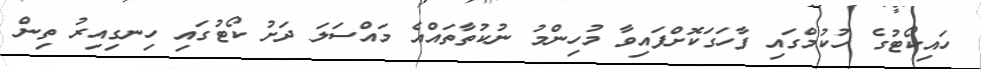
ހައިކޯޓުގެ ހުކުމްގައި ފާހަގަކޮށްފައިވާ މުހިންމު ނުކުތާތައްއެ މައްސަލަ ދަށު ކޯޓުގައި ހިނގިއިރު ތިން